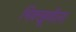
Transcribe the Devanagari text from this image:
भिक्खूणीला